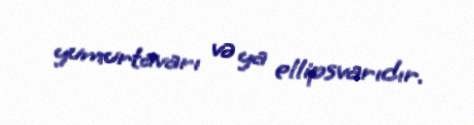
yumurtavarı və ya ellipsvarıdır.